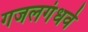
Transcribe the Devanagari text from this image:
गजलगंधर्व